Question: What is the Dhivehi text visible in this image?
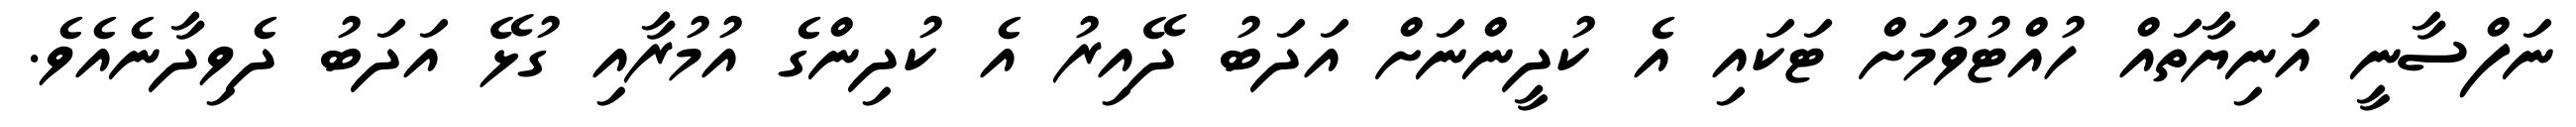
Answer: ނަފްސާނީ އަނިޔާތައް ހުއްޓުވުމަށް ޓަކައި އެ ކުދީންނަށް އަދަބު ދޭއިރު އެ ކުދިންގެ އުމުރާއި ގުޅޭ އަދަބު ދެވިދާނެއެވެ.